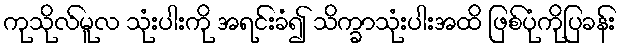
ကုသိုလ်မူလ သုံးပါးကို အရင်းခံ၍ သိက္ခာသုံးပါးအထိ ဖြစ်ပုံကိုပြခန်း